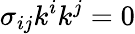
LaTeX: \sigma_{ij}k^{i}k^{j}=0